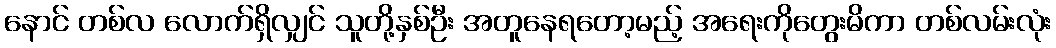
နောင် တစ်လ လောက်ရှိလျှင် သူတို့နှစ်ဦး အတူနေရတော့မည့် အရေးကိုတွေးမိကာ တစ်လမ်းလုံး